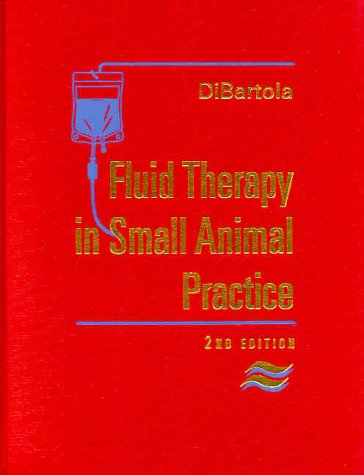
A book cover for Fluid Therapy in Small Animal Practice, 2e; Stephen P. DiBartola DVM  DACVIM; Medical Books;